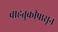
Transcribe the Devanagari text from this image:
वाहतुकीपासून